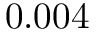
0 . 0 0 4